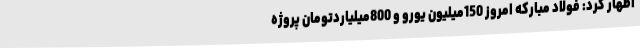
اظهار کرد: فولاد مبارکه امروز 150میلیون یورو و 800میلیاردتومان پروژه